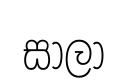
සාලා